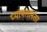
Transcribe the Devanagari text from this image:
प्यायलानंतर